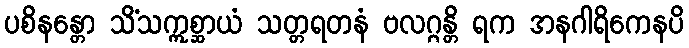
ပစိနန္တော သိံသဣစ္ဆာယံ သတ္တရတနံ ဗလဂ္ဂန္တိ ရက အနဂါရိကေနပိ